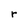
Character: r